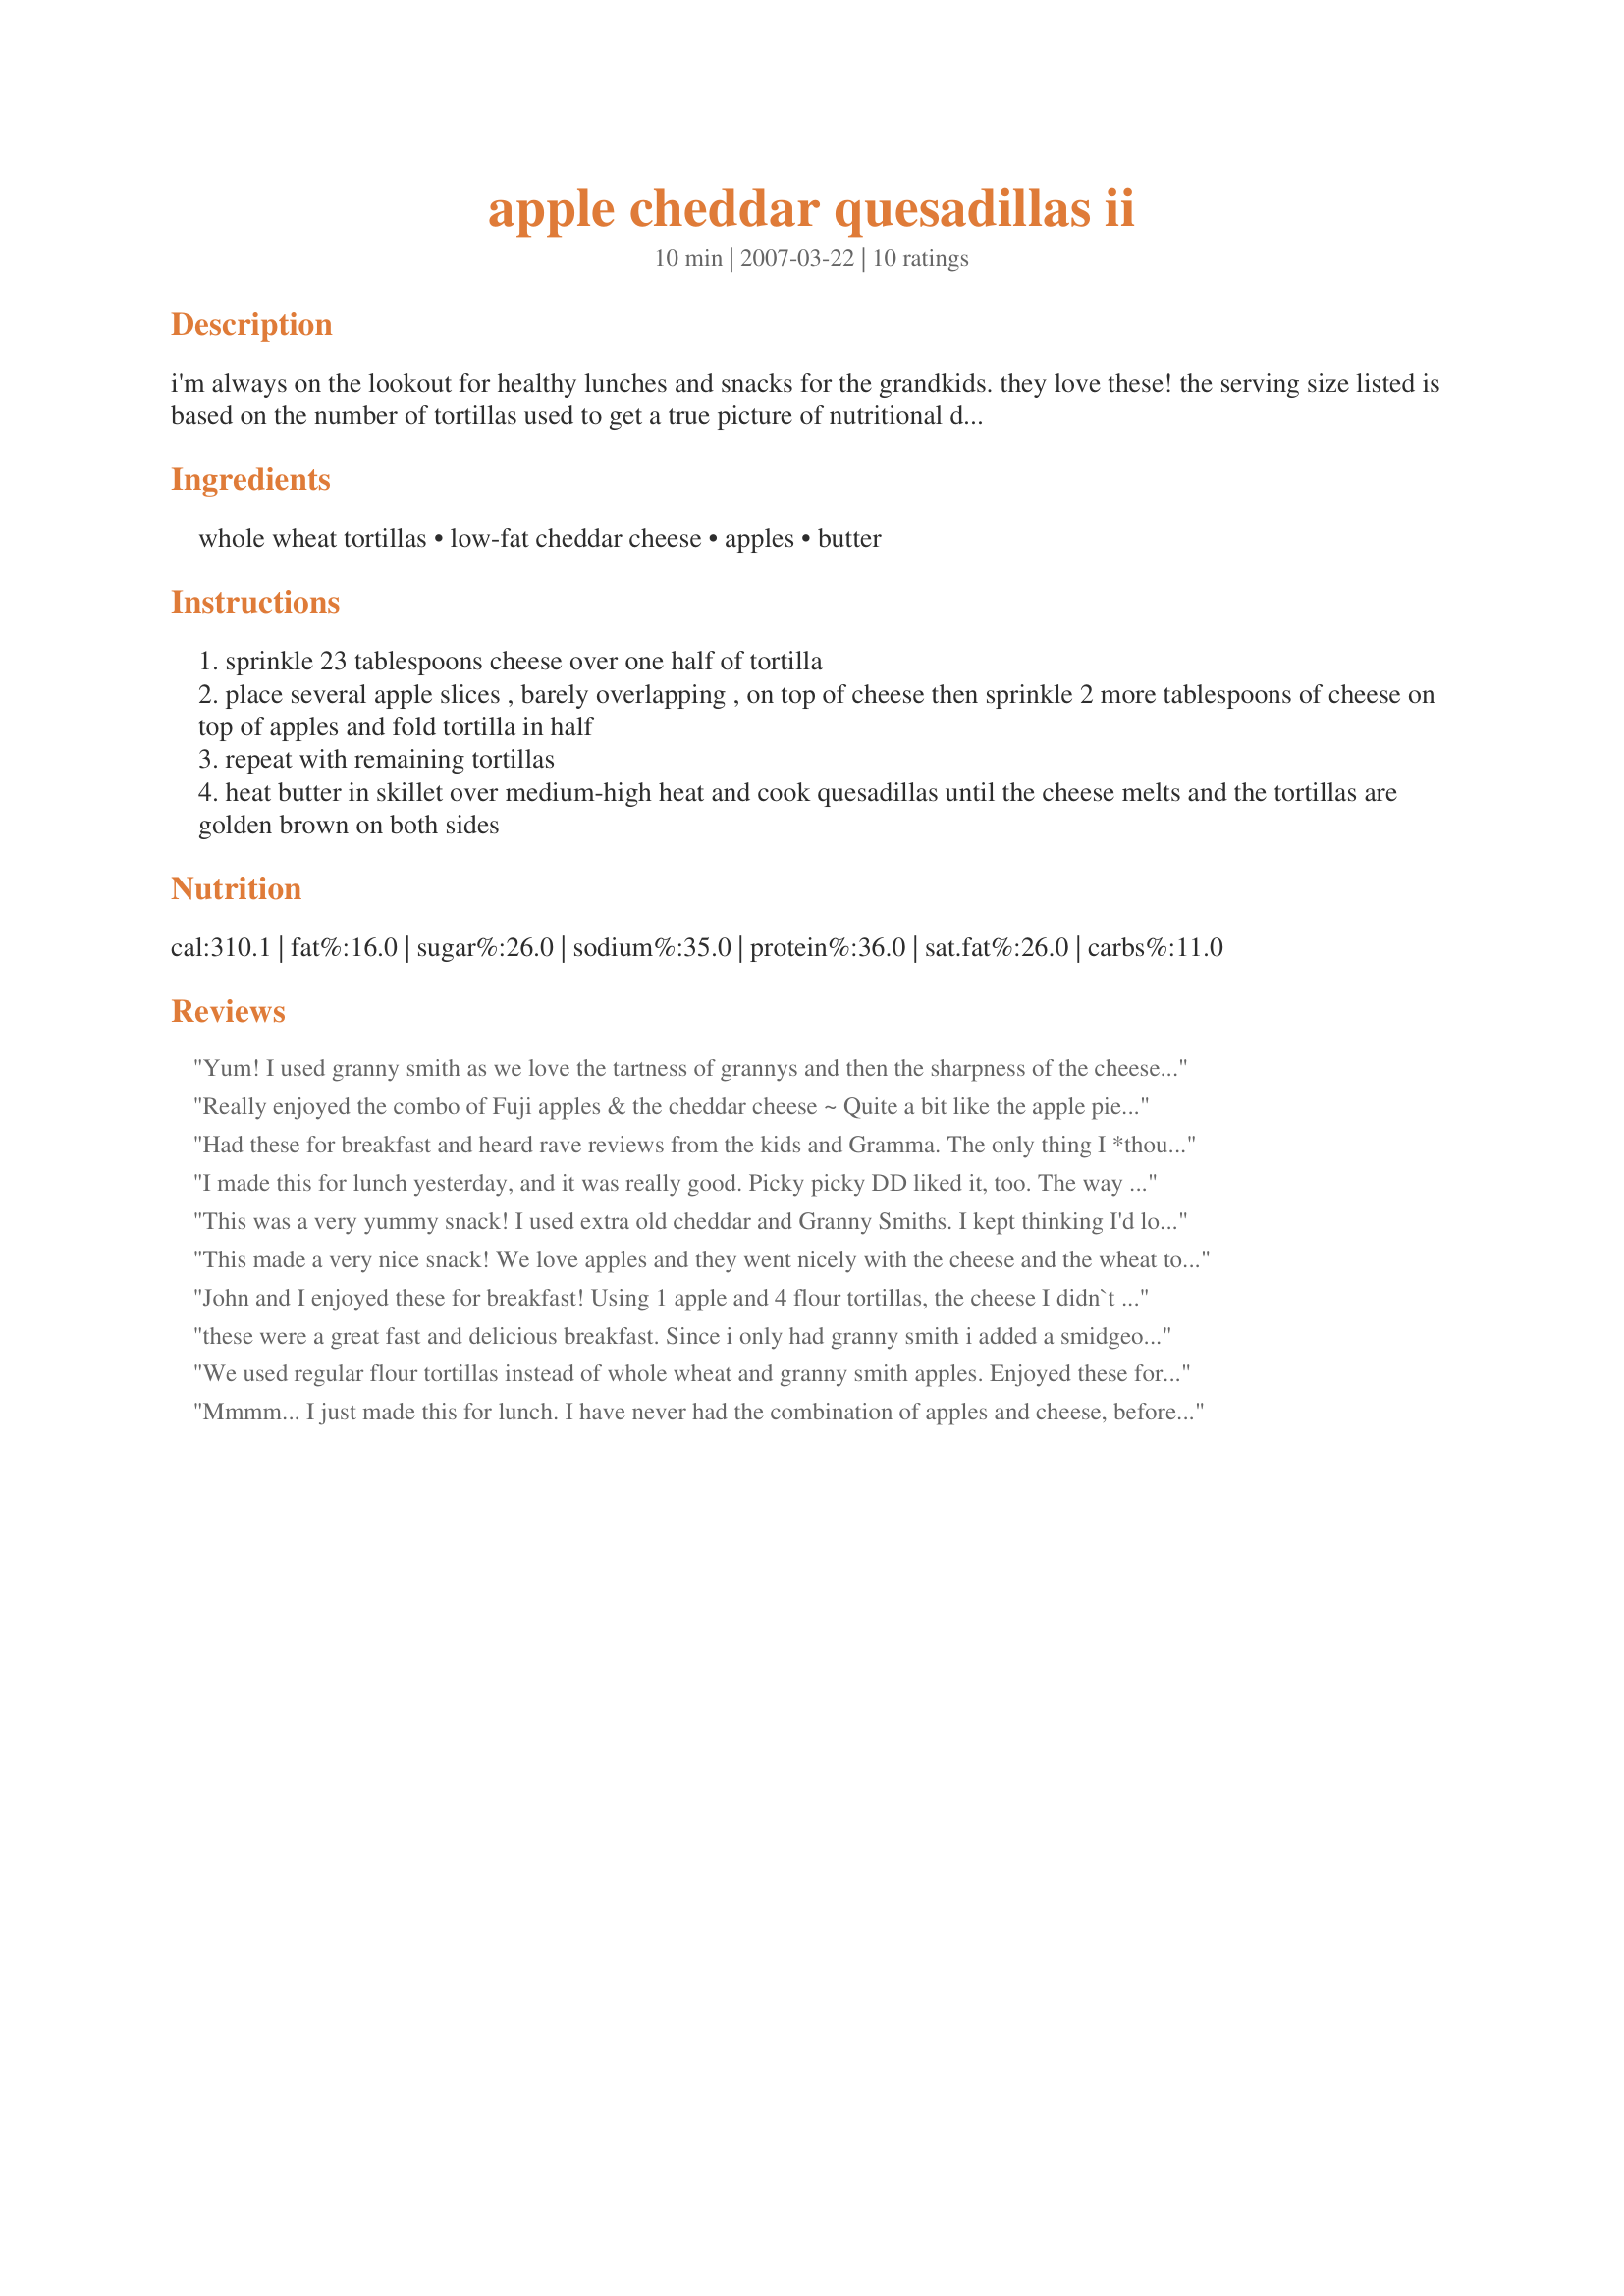
apple cheddar quesadillas ii
Preparation time: 10 minutes

i'm always on the lookout for healthy lunches and snacks for the grandkids. they love these! the serving size listed is based on the number of tortillas used to get a true picture of nutritional data. no way this serves 6 as written!

Ingredients:
whole wheat tortillas, low-fat cheddar cheese, apples, butter

Steps:
sprinkle 23 tablespoons cheese over one half of tortilla
place several apple slices , barely overlapping , on top of cheese then sprinkle 2 more tablespoons of cheese on top of apples and fold tortilla in half
repeat with remaining tortillas
heat butter in skillet over medium-high heat and cook quesadillas until the cheese melts and the tortillas are golden brown on both sides

Reviews:
Yum! I used granny smith as we love the tartness of grannys and then the sharpness of the cheese really made this a great lunchtime treat! Thanks, SusieQusie!
Really enjoyed the combo of Fuji apples & the cheddar cheese ~ Quite a bit like the apple pie & cheese combo that my mom used to make! And, although I'm not usuallya big on whole wheat tortillas, they definitely worked in this recipe! Will certainly be making these again & again! Thanks for posting the recipe! [Made & reviewed in I Recommend tag]
Had these for breakfast and heard rave reviews from the kids and Gramma. The only thing I *thought* was that they were a bit sort-of blah...I guess I wanted something to jazz them up a bit, I don't know, ginger? brown sugar? cinnamon? I LOVE the melted cheddar & apple, but wanted it to kick me a bit (wake me up!). DD is becoming quite the little quesadilla maker, and --as suggested by an earlier review-er-- puts the butter in the pan, THEN the tortilla followed by all the ingredients. Less mess, and quick, too! We figured ONE tortilla per person, folded & sliced into three little sammichs. Served with watermelon and a glass of milk--yummy!
I made this for lunch yesterday, and it was really good. Picky picky DD liked it, too. The way I usually assemble my quesadillas is to butter one side of the tortilla very thinly (I find this helps me use less butter), place butter side down in the pan, sprinkle cheese over the whole tortilla, place the filling on half (apples for this recipe), and then fold when the cheese has melted (about 30 seconds to 1 minute). I was always getting filling falling out when I tried to assemble them and then move them to the pan. I will definitely be making this again.
This was a very yummy snack! I used extra old cheddar and Granny Smiths. I kept thinking I'd love something to dip it in but wasn't sure what...caramel, sour cream, creme fraiche? Anyway, I didn't and they were very good. I can see making these very often. Thanks for a quick, tasty, good for you snack :)
This made a very nice snack! We love apples and they went nicely with the cheese and the wheat tortillas. I will make again!
John and I enjoyed these for breakfast! Using 1 apple and 4 flour tortillas, the cheese I didn`t measure and the butter I used a spray. I made it on a whole tortilla then topped with a whole one instead of folding in 1/2. I sprinkled with a dusting of cinnamon! Thanks!
these were a great fast and delicious breakfast. Since i only had granny smith i added a smidgeon of nutella spread to it as well
We used regular flour tortillas instead of whole wheat and granny smith apples. Enjoyed these for a quick weekend snack with sharp cheddar cheese sprinkled on the apples. Very tasty and versatile recipe!
Mmmm... I just made this for lunch. I have never had the combination of apples and cheese, before trying this. I sprayed the griddle with cooking spray and used a flour tortilla and American cheese, because I didn't have the right ingredients - but I'm not gonna fault the chef for my not going to the grocery store...hehe. I am definitely going to make this again (with the RIGHT stuff). :) Thanks!
